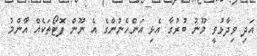
އަދި ވިދާޅުވީ މޫނު ބުރުގާ އެޅި އަންހެނުންގެ އެ ނޫން ފޮޓޯތަކެއް އާންމު